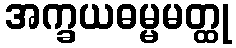
အက္ခယဓမ္မမတ္ထု